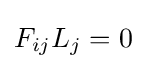
F_{ij}L_{j}=0